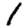
Digit: 1